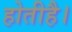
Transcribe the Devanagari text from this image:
होतीहै।